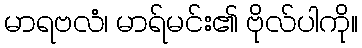
မာရဗလံ၊ မာရ်မင်း၏ ဗိုလ်ပါကို။